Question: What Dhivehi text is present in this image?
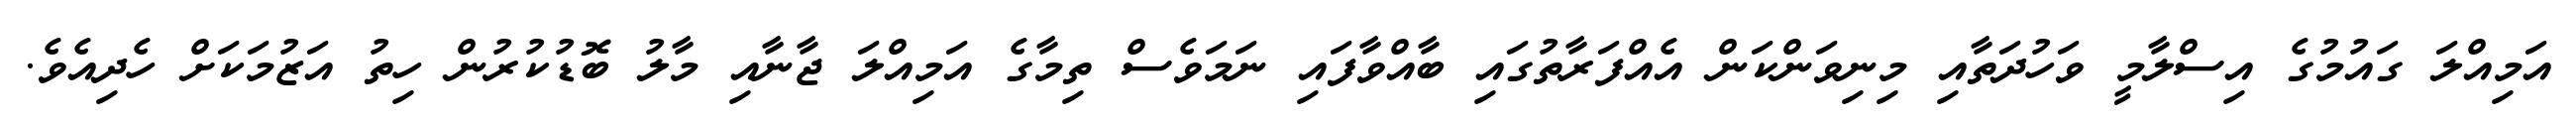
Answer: އަމިއްލަ ގައުމުގެ އިސްލާމީ ވަހުދަތާއި މިނިވަންކަން އެއްފަރާތުގައި ބާއްވާފައި ނަމަވެސް ތިމާގެ އަމިއްލަ ޖާނާއި މާލު ބޮޑުކުރުން ހިތު އަޒުމަކަށް ހެދިއެވެ.